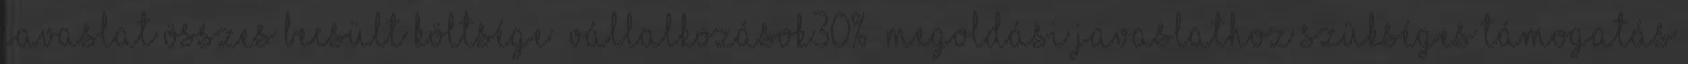
javaslat összes becsült költsége ▪Vállalkozások30% ▪Megoldási javaslathoz szükséges támogatás